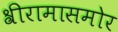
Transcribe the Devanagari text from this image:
श्रीरामासमोर